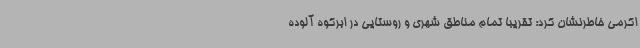
اکرمی خاطرنشان کرد: تقریباً تمام مناطق شهری و روستایی در ابرکوه آلوده